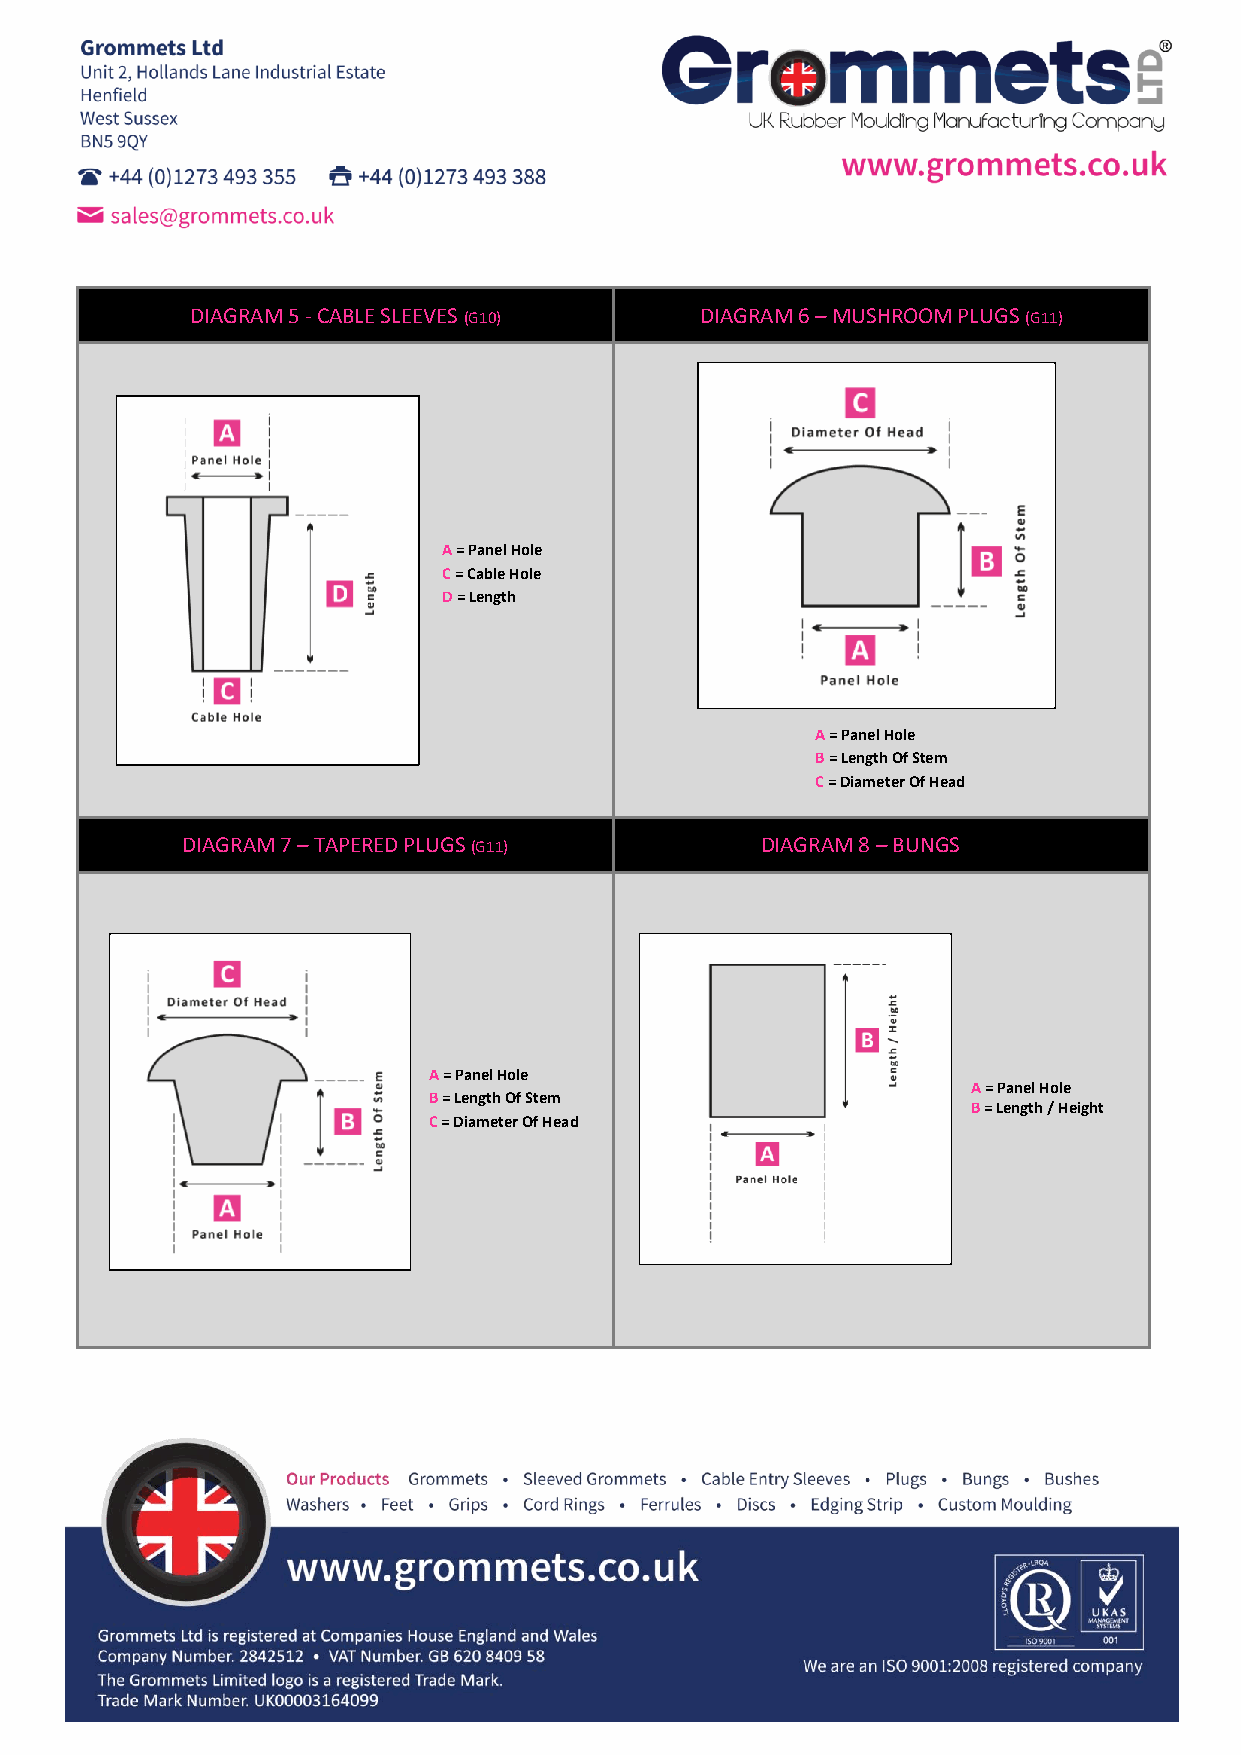
DIAGRAM 5 - CABLE SLEEVES (G10)  DIAGRAM 6 – MUSHROOM PLUGS (G11)
 A = Panel Hole
 C = Cable Hole
 D = Length
 A = Panel Hole
 B = Length Of Stem
 C = Diameter Of Head
 DIAGRAM 7 – TAPERED PLUGS (G11)       DIAGRAM 8 – BUNGS (G11)                   OOOOFF
 BBlliinndd AAccrroossss TThhee FFaaccee
 OOOOCC
 BBlliinndd AAccrroossss TThhee CCeennttrree
 a = Panel Hole
 A = Panel Hole                                                       b = Panel Thickness
 A = Panel Hole                   c = Overall
 B = Length Of Stem
 B = Length / Height              Diameter
 C = Diameter Of Head                                                 d = Inner Diameter